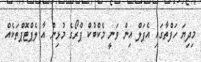
މިދިޔަ ހަފްތާގައި އެޕަލް އިން ވަނީ މެކްބުކް ޕްރޯގެ މުޅިން އާ ލެޕްޓޮޕްތަކެއް